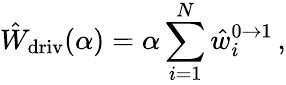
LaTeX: \hat{W}_{\mathrm{driv}}(\alpha)=\alpha\sum_{i=1}^{N}\hat{w}_{i}^{0\to 1}\, ,